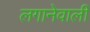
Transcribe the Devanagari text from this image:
लगानेवाली